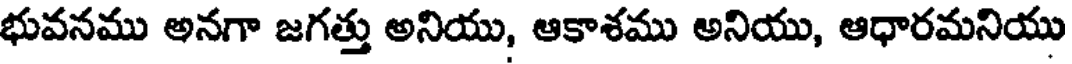
భువనము అనగా జగత్తు అనియు, ఆకాశము అనియు, ఆధారమనియు